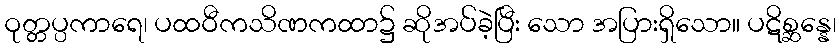
ဝုတ္တပ္ပကာရေ၊ ပထဝီကသိဏကထာ၌ ဆိုအပ်ခဲ့ပြီး သော အပြားရှိသော။ ပဋိစ္ဆန္နေ၊